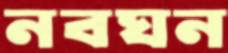
নবঘন